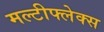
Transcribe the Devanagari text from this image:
मल्टीफ्लेक्स